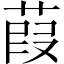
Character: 葭